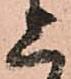
上